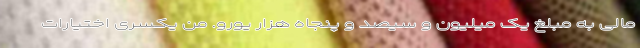
مالی به مبلغ یک میلیون و سیصد و پنجاه هزار یورو. من یکسری اختیارات